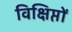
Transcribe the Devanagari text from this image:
विक्षिप्तों